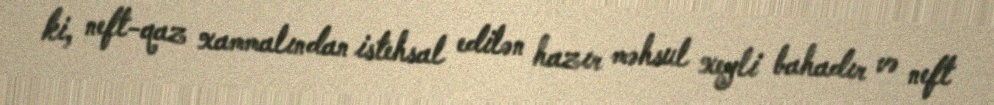
ki, neft-qaz xammalından istehsal edilən hazır məhsul xeyli bahadır və neft